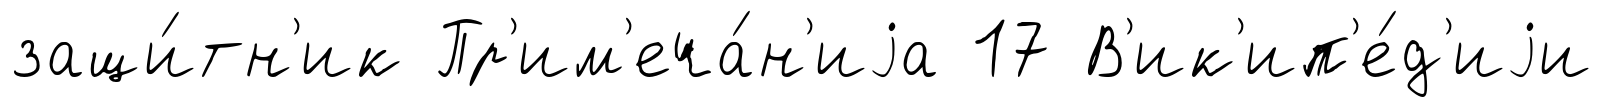
защи́тн'ик Пр'им'еча́н'иjа 17 В'ик'ип'е́д'иjи